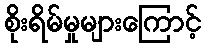
စိုးရိမ်မှုများကြောင့်